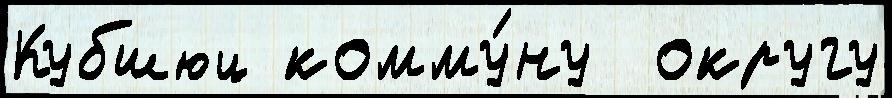
Кубшюц комму́ну  округу